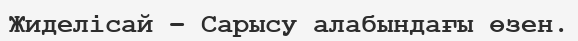
Жиделісай – Сарысу алабындағы өзен.